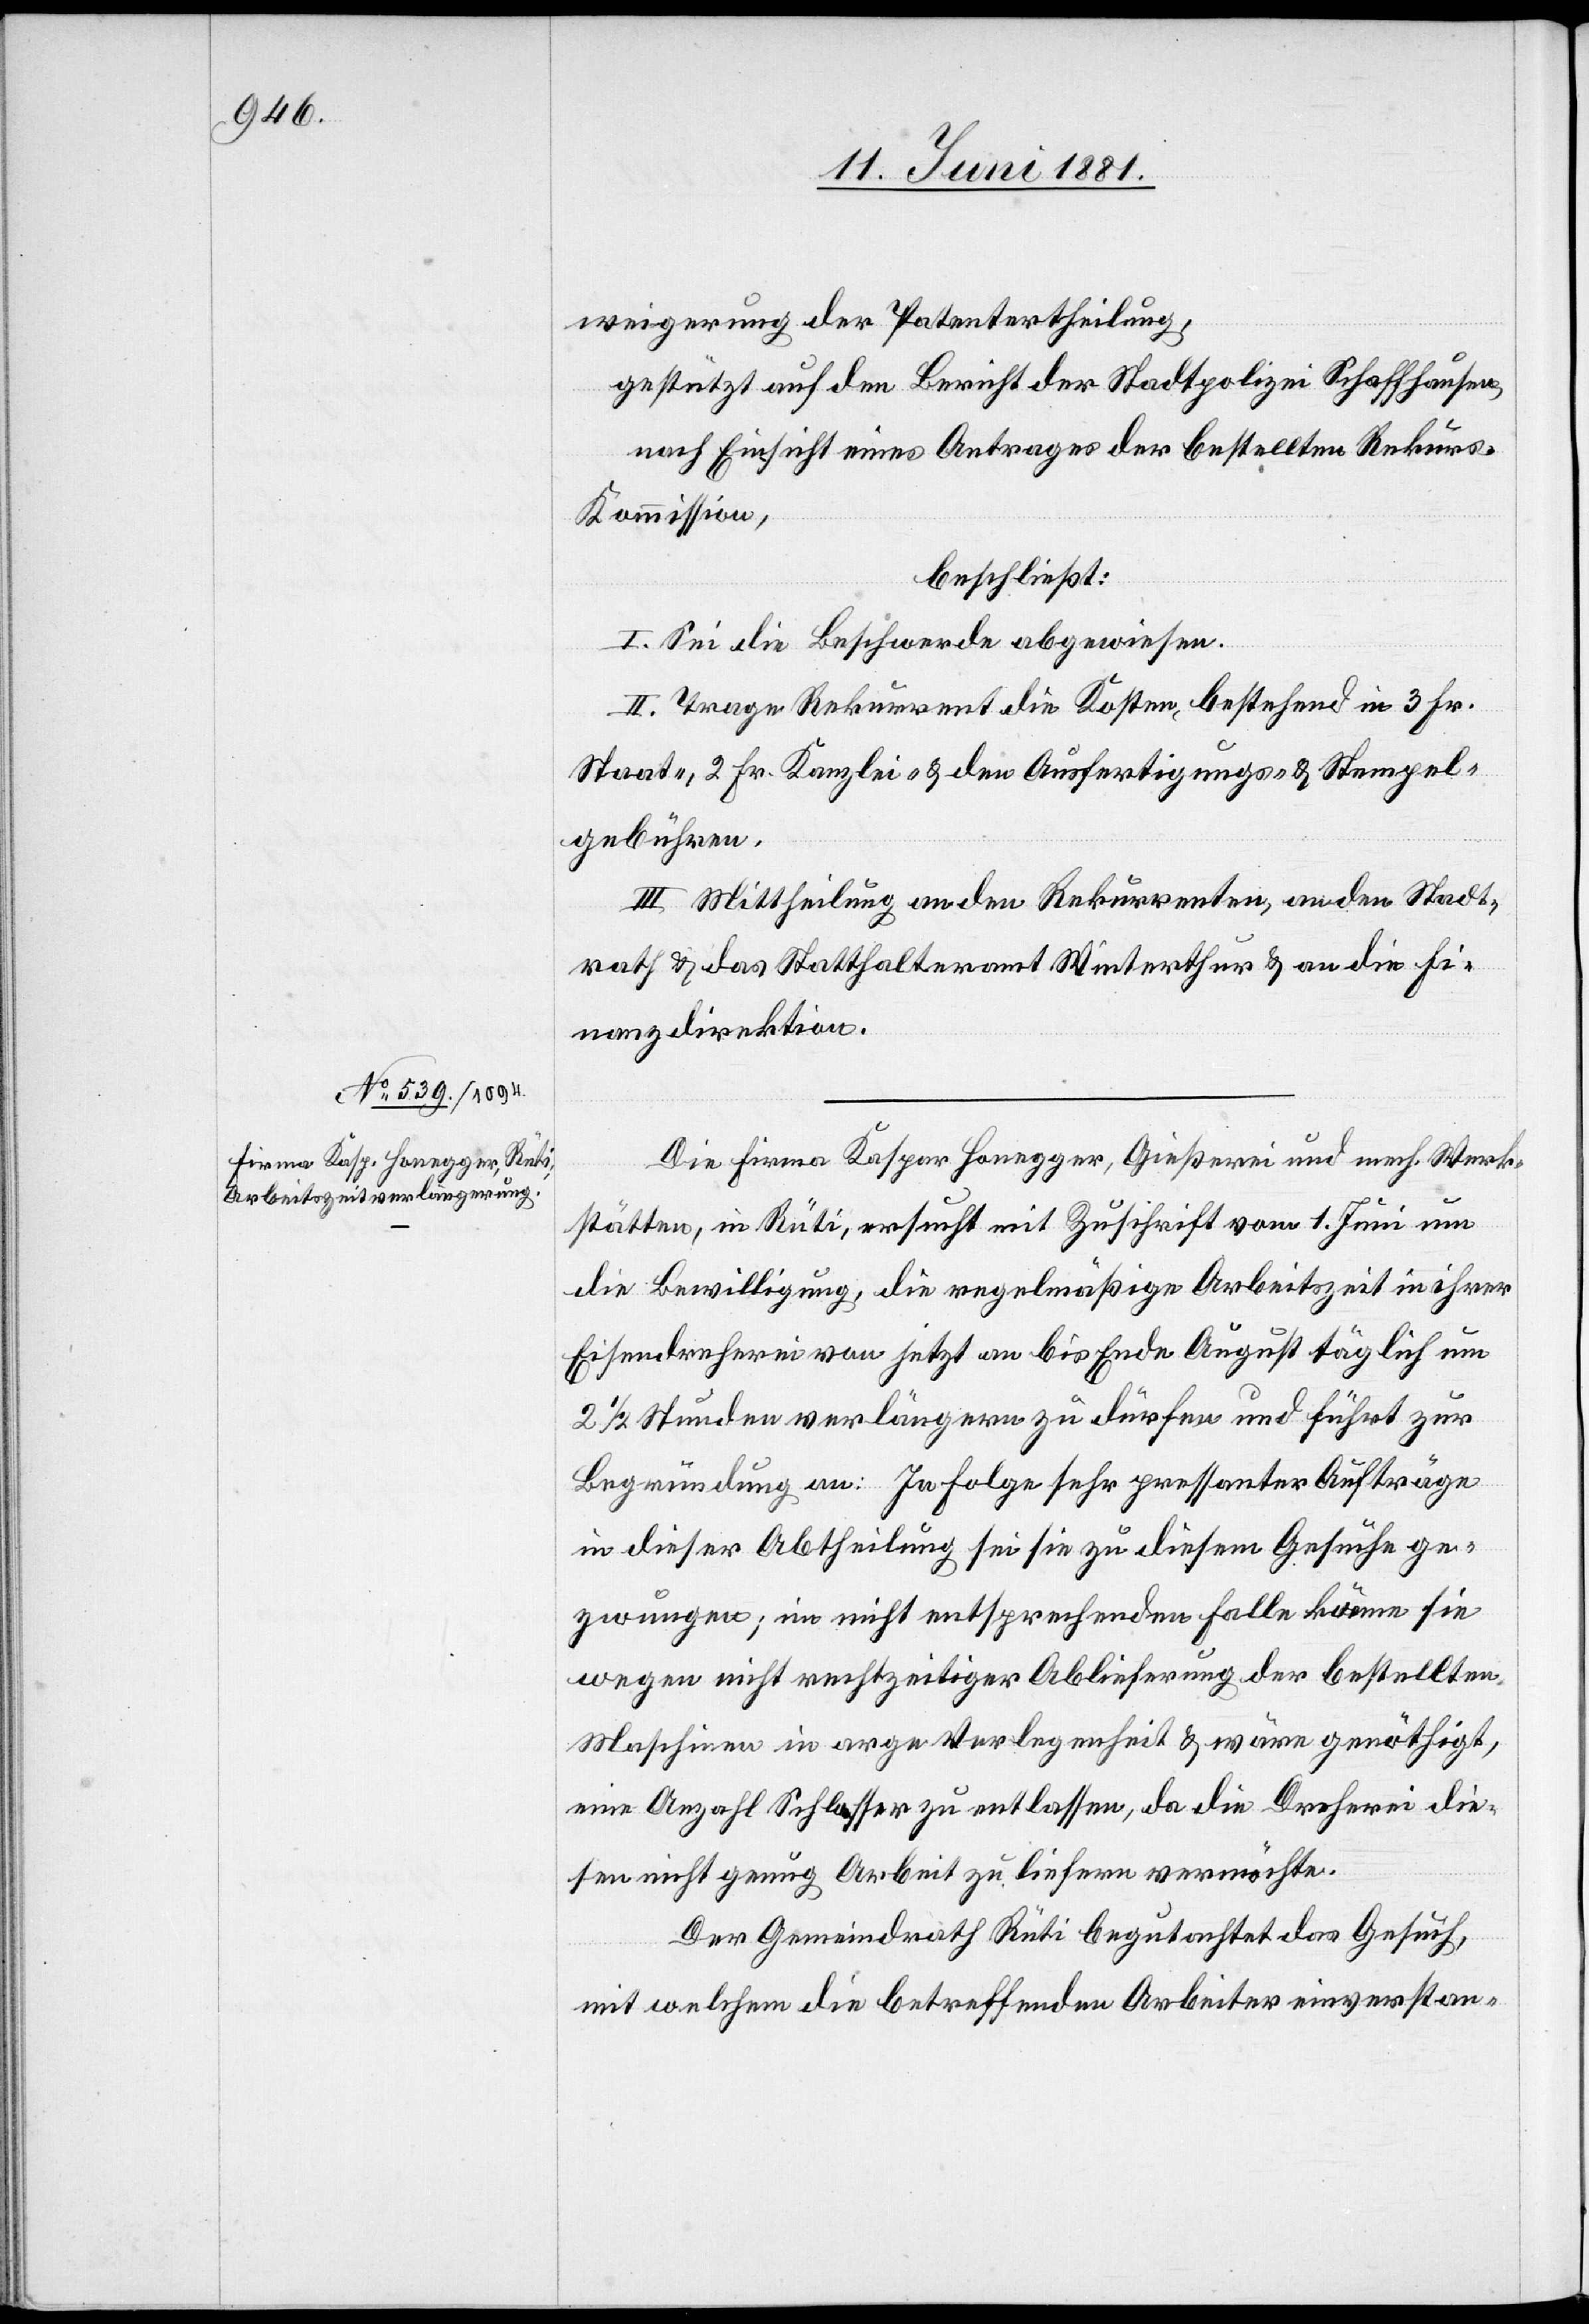
weigerung der Patentertheilung,
gestützt auf den Bericht der Stadtpolizei Schaffhausen,
nach Einsicht eines Antrages der bestellten Rekurs¬
kommission,
beschließt:
I. Sei die Beschwerde abgewiesen.
II. Trage Rekurrent die Kosten bestehend in 3 Fr.
Staat-, 2 Fr. Kanzlei- & den Ausfertigungs- & Stempel¬
gebühren.
III. Mittheilung an den Rekurrenten, an den Stadt¬
rath & das Statthalteramt Winterthur & an die Fi¬
nanzdirektion.
Die Firma Kaspar Honegger, Gießerei und mech. Werk¬
stätten, in Rüti, ersucht mit Zuschrift vom 1. Juni um
die Bewilligung, die regelmäßige Arbeitszeit in ihrer
Eisendreherei von jetzt an bis Ende August täglich um
2 1/2 Stunden verlängern zu dürfen und führt zur
Begründung an: In Folge sehr pressanter Aufträge
in dieser Abtheilung sei sie zu diesem Gesuche ge¬
zwungen; im nicht entsprechenden Falle könne sie
wegen nicht rechtzeitiger Ablieferung der bestellten
Maschinen in arge Verlegenheit & wäre genöthigt,
eine Anzahl Schlosser zu entlassen, da die Dreherei die¬
sen nicht genug Arbeit zu liefern vermöchte.
Der Gemeindrath Rüti begutachtet das Gesuch,
mit welchem die betreffenden Arbeiter einverstan-